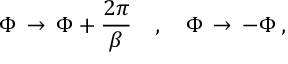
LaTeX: \Phi \, \rightarrow \, \Phi + \frac { 2 \pi } { \beta } \quad , \quad \Phi \, \rightarrow \, - \Phi \, ,